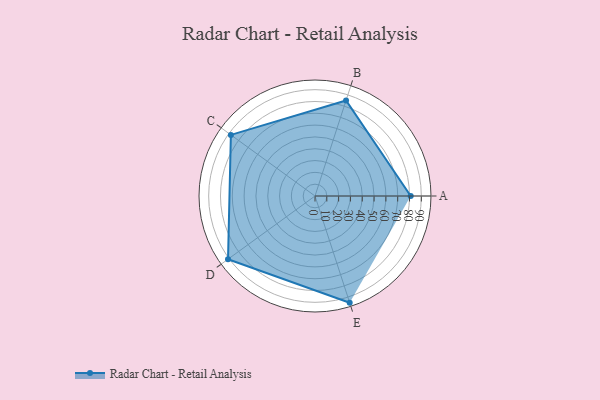
{"axis": {"x": "Skill", "y": "Score"}, "legend": ["Profile"], "data": [{"x": "A", "y": 81.0, "type": "Profile"}, {"x": "B", "y": 85.0, "type": "Profile"}, {"x": "C", "y": 88.0, "type": "Profile"}, {"x": "D", "y": 91.0, "type": "Profile"}, {"x": "E", "y": 95.0, "type": "Profile"}]}